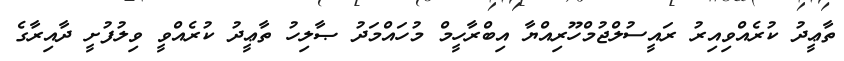
ތާޢީދު ކުރެއްވިއިރު ރައީސުލްޖުމްހޫރިއްޔާ އިބްރާހީމް މުހައްމަދު ޞާލިހު ތާޢީދު ކުރެއްވީ ވިލުފުށީ ދާއިރާގެ